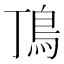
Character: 𩾚